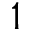
1